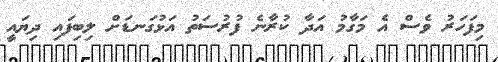
މިފަހަރު ވެސް އެ މަގާމު އަދާ ކުރާނެ ފުރުސަތު އަޅުގަނޑަށް ލިބިފައި ދިޔައީ